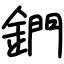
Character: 鍆